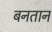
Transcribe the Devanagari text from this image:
बनतान